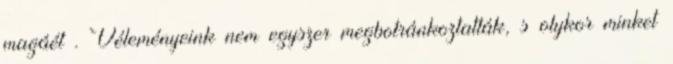
magáét . Véleményeink nem egyszer megbotránkoztatták, s olykor minket